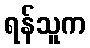
ရန်သူက